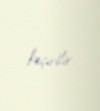
keçirilir.